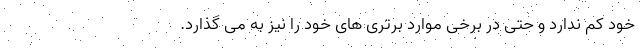
خود کم ندارد و حتی در برخی موارد برتری های خود را نیز به می گذارد.